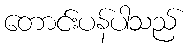
တောင်းပန်ပါသည်